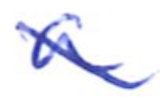
Text: a
Cross-out: diagonal
Writing tool: ballpoint